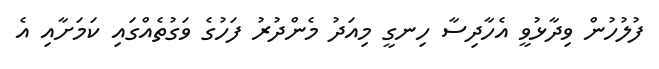
ފުލުހުން ވިދާޅުވީ އެހާދިސާ ހިނގީ މިއަދު މެންދުރު ފަހުގެ ވަގުތެއްގައި ކަމަށާއި އެ